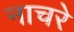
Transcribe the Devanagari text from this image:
नाचरे